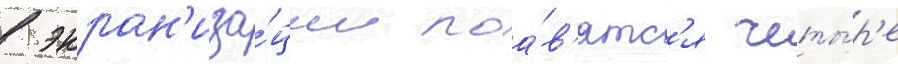
в экран'иза́ции поа́в'ятс'я четы́р'е